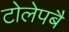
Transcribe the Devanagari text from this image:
टोलेपबै